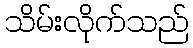
သိမ်းလိုက်သည်